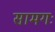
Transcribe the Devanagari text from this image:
सामगः